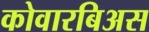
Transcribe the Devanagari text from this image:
कोवारबिअस